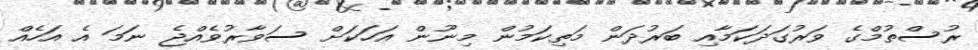
ރުސްތުމްގެ ވަރުގަދަކަމާއި ބަރުދަން މަތިކަމުން މިނޫން އަހަކަށް ސަވާރުވެެއްޖެ ނަމަ އެ އަހެއް